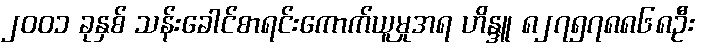
၂၀၀၁ ခုနှစ် သန်းခေါင်စာရင်းကောက်ယူမှုအရ ဟိန္ဒူ ၈၂၇၅၇၈၈၆၈ဦး